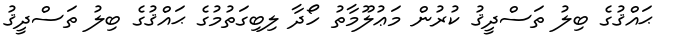
ޙައްޤުގެ ބިލު ތަސްދީޤު ކުރުން މަޢުލޫމާތު ހޯދާ ލިބިގަތުމުގެ ޙައްޤުގެ ބިލު ތަސްދީޤު